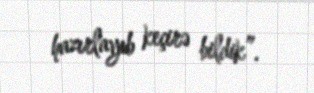
hazırlayıb keçirə bildik”.